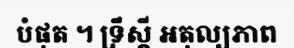
បំផុត ។ ទ្រឹស្តី អតុល្យភាព